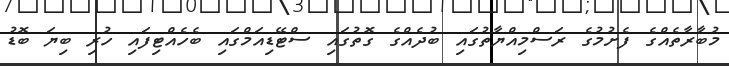
މުބާރާތެއްގެ ފެށުމުގެ ރަސްމިއްޔާތުގައި ބުދެއްގެ ގޮތުގައި ސްޓޭޑިއަމްގައި ބެހެއްޓިފައި ހުރި ބިޔަ ބޮޑު